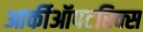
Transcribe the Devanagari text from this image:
आर्कीऑपटरिक्स